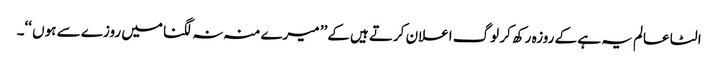
الٹا عالم یہ ہے کے روزہ رکھ کر لوگ اعلان کرتے ہیں کے’’ میرے منہ نہ لگنا میں روزے سے ہوں ‘‘۔